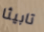
تابيثا